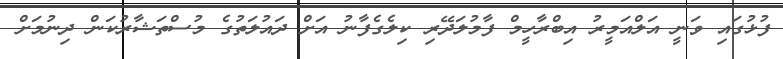
ފުޅުގައި ވަނީ އަލްއަމީރު އިބްރާހީމް ފާމުލަދޭރި ކިލެގެފާނު އަށް ދައުލަތުގެ މުސްތަޝާރުކަން ދިނުމަށް